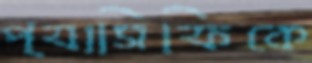
প্যাসিফিকে